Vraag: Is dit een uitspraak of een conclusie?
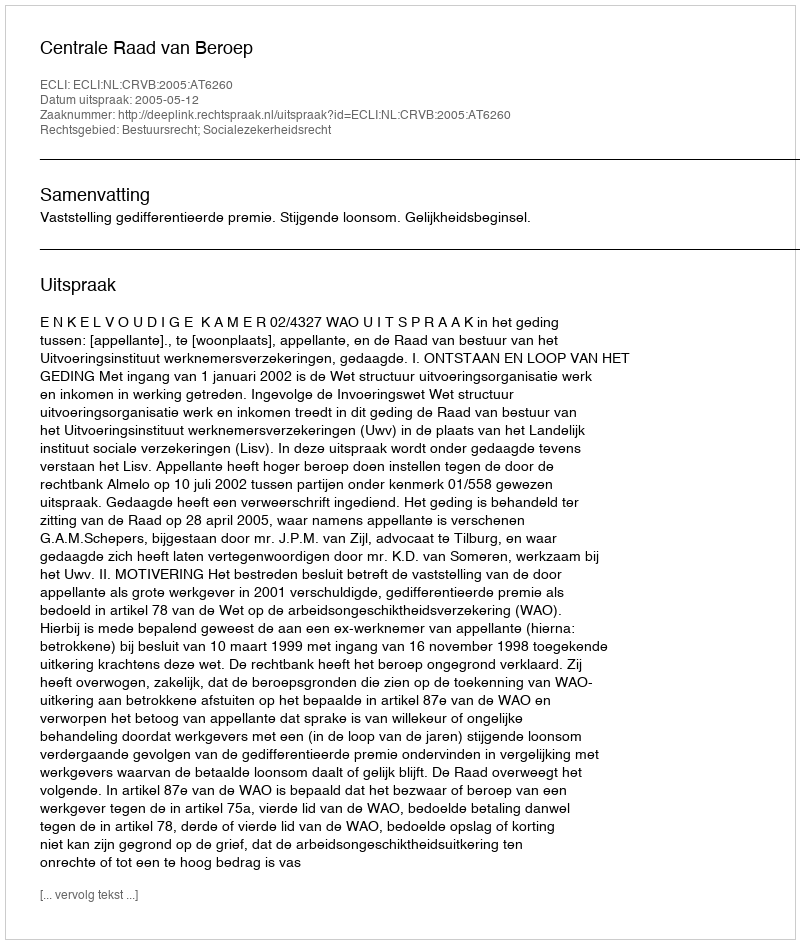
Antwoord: Uitspraak